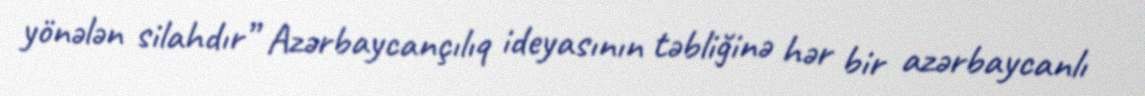
yönələn silahdır” Azərbaycançılıq ideyasının təbliğinə hər bir azərbaycanlı